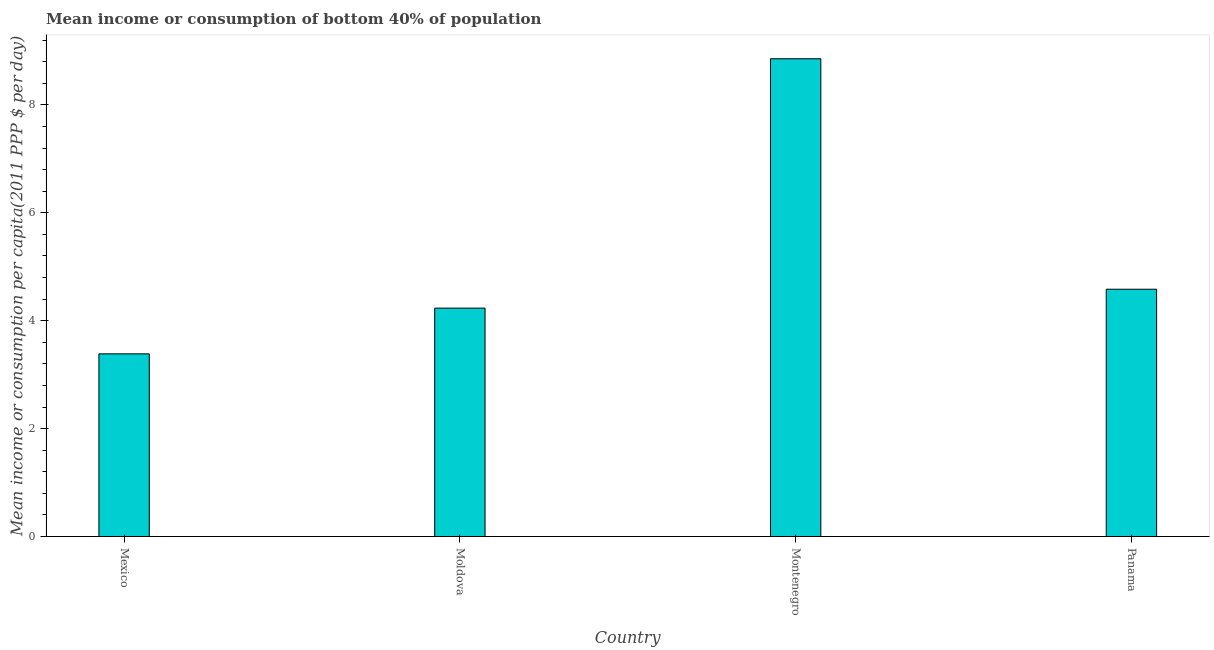
| Country | Bottom 40percent |
 | --- | --- |
 | Mexico | 3.39 |
 | Moldova | 4.23 |
 | Montenegro | 8.86 |
 | Panama | 4.58 |